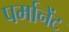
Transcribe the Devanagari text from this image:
पर्मानेंट